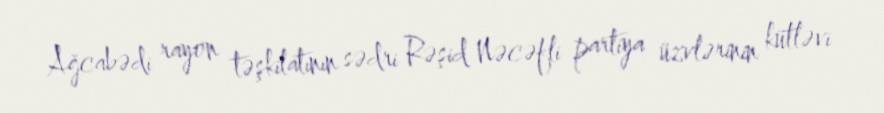
Ağcabədi rayon təşkilatının sədri Rəşid Nəcəfli partiya üzvlərinin kütləvi